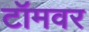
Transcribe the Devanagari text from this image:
टॉमवर